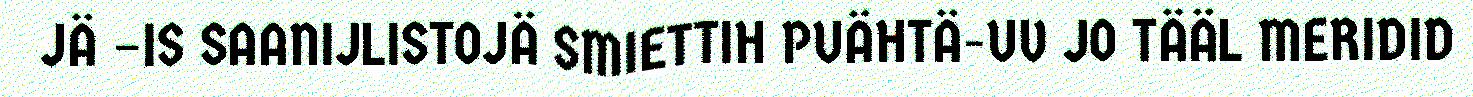
JÄ –IS SAANIJLISTOJÄ SMIETTIH PUÄHTÄ-UV JO TÄÄL MERIDID